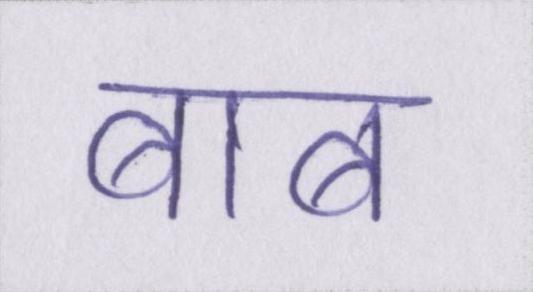
बाब